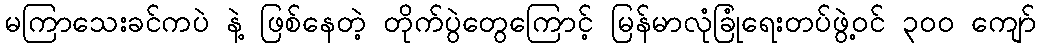
မကြာသေးခင်ကပဲ နဲ့ ဖြစ်နေတဲ့ တိုက်ပွဲတွေကြောင့် မြန်မာလုံခြုံရေးတပ်ဖွဲ့ဝင် ၃၀၀ ကျော်